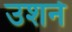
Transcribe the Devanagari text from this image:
उशने